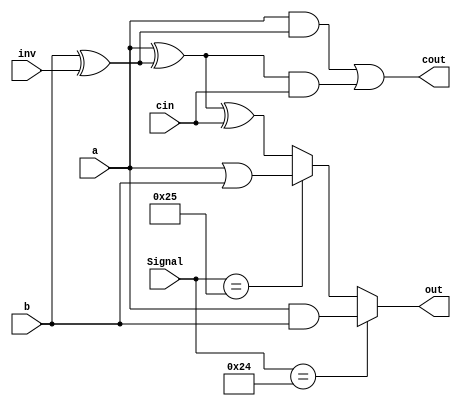
module ALU_Slice( a, b, cin, cout, inv, Signal, out );

    input a, b, cin, inv;
    input [5:0] Signal;
    output cout, out;

    wire and_out, or_out, fa_out;
    wire bx, e1, e2, e3;
    
    parameter AND = 6'b100100; // 36
    parameter OR  = 6'b100101; // 37
    parameter ADD = 6'b100000; // 32
    parameter SUB = 6'b100010; // 34
    parameter SLT = 6'b101010; // 42

    and (and_out, a, b);
    or (or_out, a, b);
    xor (bx, b, inv);
    
    // Full Adder
    xor (e1, a, bx);
    and (e2, a, bx);
    and (e3, e1, cin);
    or (cout, e2, e3);
    xor (fa_out, e1, cin);

    assign out = (Signal == AND ? and_out : Signal == OR ? or_out : fa_out);

endmodule